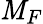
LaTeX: \mathit{M}_{F}